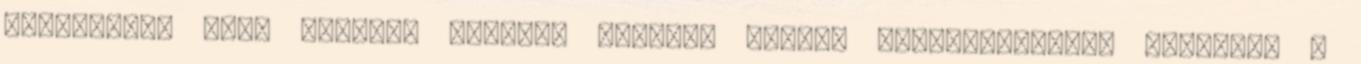
rakétáért, amit kapott. „Számos közülük vágott kisebb-nagyobb krátert” –